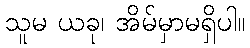
သူမ ယခု၊ အိမ်မှာမရှိပါ။